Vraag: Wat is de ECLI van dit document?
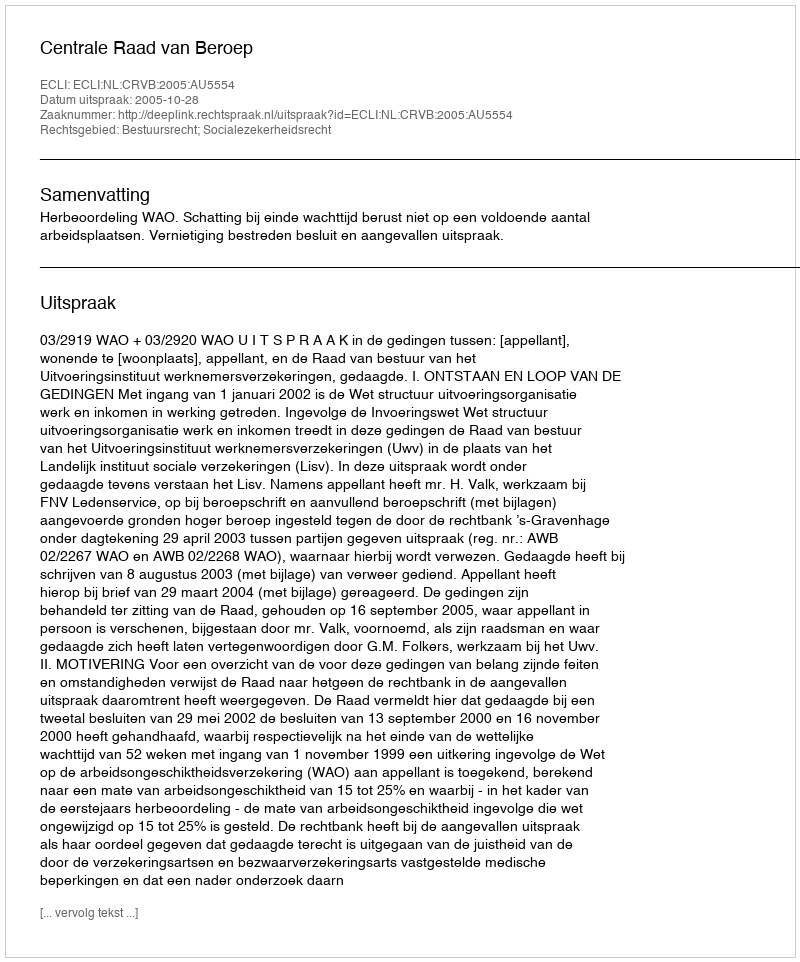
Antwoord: ECLI:NL:CRVB:2005:AU5554